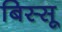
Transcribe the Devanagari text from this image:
बिस्सू